Report on vaccination in Madras 1904-1921 - 1904-1921
Year: 1904
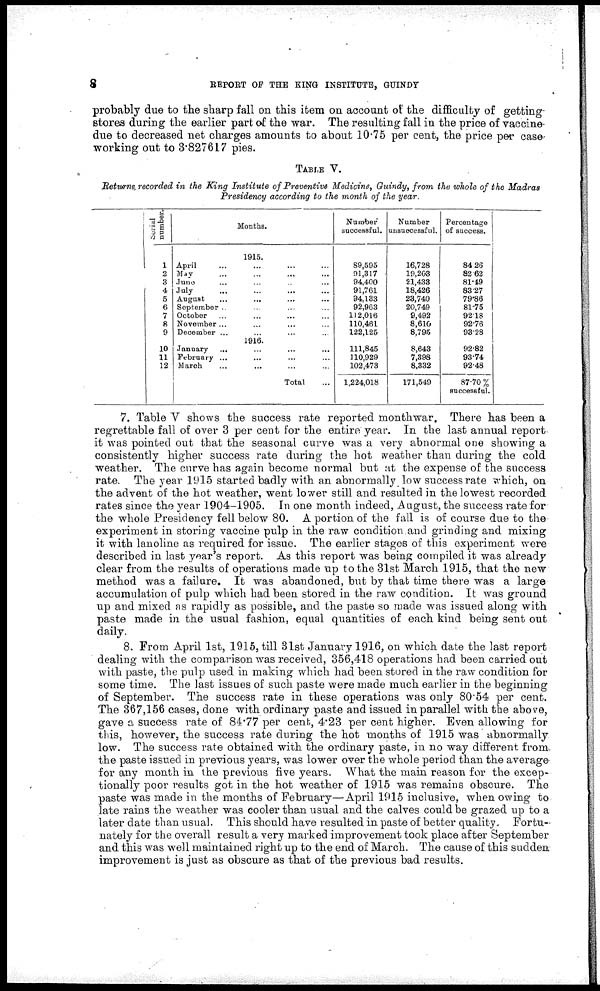
8
REPORT OF THE KING INSTITUTE, GUINDY
probably due to the sharp fall on this item on account of the difficulty of getting-
stores during the earlier part of the war. The resulting fall in the price of vaccine-
due to decreased net charges amounts to about 10.75 per cent, the price per case-
working out to 3.827617 pies.
TABLE V.
Returns, recorded in the King Institute of Preventive Medicine, Guindy, from the whole of the Madras
Presidency according to the month of the year.
Serial
number.
1
2
3
4
5
6
7
8
9
10
11
12
Months.
1915.
April ... ... ... ...
May ... ... ... ...
June ... ... ... ...
July ... ... ... ...
August
...
...
...
...
September ... ... ... ...
October ... ... ... ...
November ... ... ... ...
December ... ... ... ...
1916.
January
... ... ... ...
February ... ... ... ...
March ... ... ... ...
Total
Number
successful.
89,595
91,317
94,400
91,761
94,133
92,963
112,016
110,461
122,125
111,845
110,929
102,473
1,224,018
Number
unsuccessful.
16,728
19,203
21,433
18,426
23,740
20,749
9,492
8,610
8,795
8,643
7,398
8,332
171,549
Percentage
of success.
84.26
82.62
81.19
83.27
79.86
81.75
92.18
92.76
93.28
92.82
93.74
92.48
87.70 %
successful.
7. Table V shows the success rate reported monthwar. There has been a
regrettable fall of over 3 per cent for the entire year. In the last annual report
it was pointed out that the seasonal curve was a very abnormal one showing a
consistently higher success rate during the hot weather than during the cold
weather. The curve has again become normal but at the expense of the success
rate. The year 1915 started badly with an abnormally low success rate which, on
the advent of the hot weather, went lower still and resulted in the lowest recorded
rates since the year 1904-1905. In one month indeed, August, the success rate for
the whole Presidency fell below 80. A portion of the fall is of course due to the
experiment in storing vaccine pulp in the raw condition and grinding and mixing
it with lanoline as required for issue. The earlier stages of this experiment were
described in last year's report. As this report was being compiled it was already
clear from the results of operations made up to the 31st March 1915, that the new
method was a failure. It was abandoned, but by that time there was a large
accumulation of pulp which had been stored in the raw condition. It was ground
up and mixed as rapidly as possible, and the paste so made was issued along with
paste made in the usual fashion, equal quantities of each kind being sent out
daily.
8. From April 1st, 1915, till 31st January 1916, on which date the last report
dealing with the comparison was received, 356,418 operations had been carried out
with paste, the pulp used in making which had been stored in the raw condition for
some time. The last issues of such paste were made much earlier in the beginning
of September. The success rate in these operations was only 80.54 per cent.
The 367,156 cases, done with ordinary paste and issued in parallel with the above,
gave a success rate of 84.77 per cent, 4.23 per cent higher. Even allowing for
this, however, the success rate during the hot months of 1915 was abnormally
low. The success rate obtained with the ordinary paste, in no way different from
the paste issued in previous years, was lower over the whole period than the average
for any month in the previous five years. What the main reason for the excep-
tionally poor results got in the hot weather of 1915 was remains obscure. The
paste was made in the months of February—April 1915 inclusive, when owing to
late rains the weather was cooler than usual and the calves could be grazed up to a
later date than usual. This should have resulted in paste of better quality. Fortu-
nately for the overall result a very marked improvement took place after September
and this was well maintained right up to the end of March. The cause of this sudden
improvement is just as obscure as that of the previous bad results.